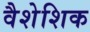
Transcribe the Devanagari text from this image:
वैशेशिक